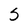
Character: S